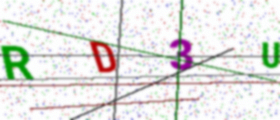
Text: RD3U